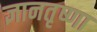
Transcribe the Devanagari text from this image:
ज्ञानतृष्णा